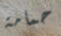
حمامة